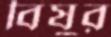
বিষুর